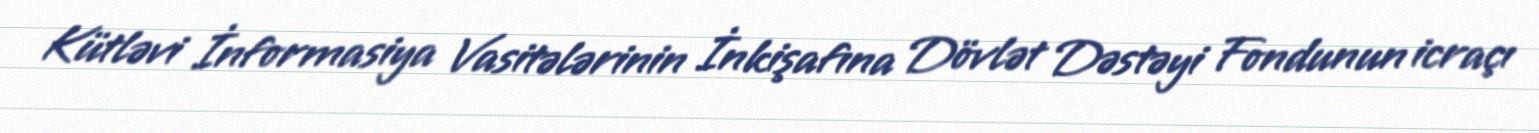
Kütləvi İnformasiya Vasitələrinin İnkişafına Dövlət Dəstəyi Fondunun icraçı